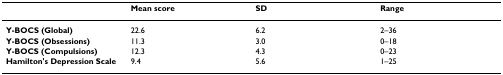
|  | Mean score | SD | Range |
 | --- | --- | --- | --- |
 | Y-BOCS (Global) | 22.6 | 6.2 | 2–36 |
 | Y-BOCS (Obsessions) | 11.3 | 3.0 | 0–18 |
 | Y-BOCS (Compulsions) | 12.3 | 4.3 | 0–23 |
 | Hamilton's Depression Scale | 9.4 | 5.6 | 1–25 |